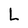
Character: L